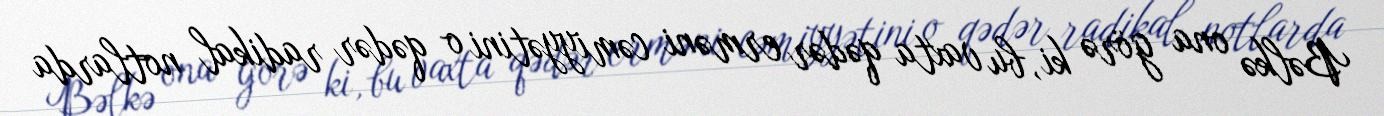
Bəlkə ona görə ki, bu vaxta qədər erməni cəmiyyətini o qədər radikal notlarda